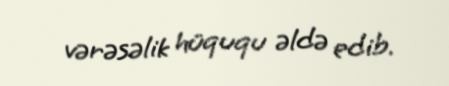
vərəsəlik hüququ əldə edib.